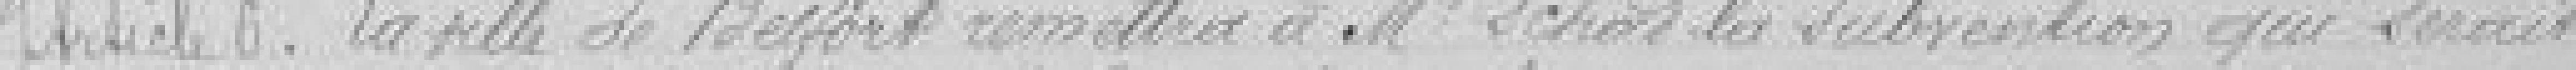
Article six. La ville de Belfort remettra à monsieur Schad la subvention qui serait